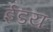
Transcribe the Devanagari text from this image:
ईडयः